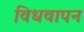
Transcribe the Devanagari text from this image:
विधवापन